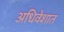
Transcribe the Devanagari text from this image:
अधिवेशात